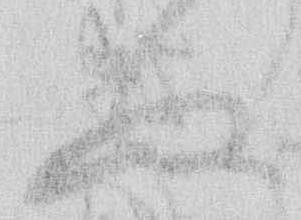
ぬ